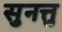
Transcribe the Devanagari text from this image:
सुनत्तु